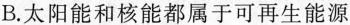
B.太阳能和核能都属于可再生能源